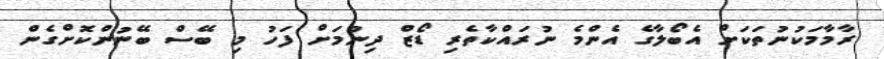
ރާމާމަކުނުތަކަށް އެބޯލާގެ އެންމެ ނުރައްކާތެރި ޑޯޒް ދިނުމަށް ފަހު މި ބޭސް ބޭނުންކޮށްގެން